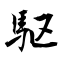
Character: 駆